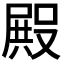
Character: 𭮺